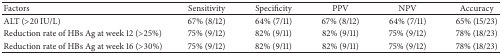
<table><thead><tr><td><b>Factors </b></td><td><b>Sensitivity</b></td><td><b>Specificity</b></td><td><b>PPV</b></td><td><b>NPV</b></td><td><b>Accuracy</b></td></tr></thead><tbody><tr><td>ALT (&gt;20 IU/L)</td><td>67% (8/12)</td><td>64% (7/11)</td><td>67% (8/12)</td><td>64% (7/11)</td><td>65% (15/23)</td></tr><tr><td>Reduction rate of HBs Ag at week 12 (&gt;25%)</td><td>75% (9/12)</td><td>82% (9/11)</td><td>82% (9/11)</td><td>75% (9/12)</td><td>78% (18/23)</td></tr><tr><td>Reduction rate of HBs Ag at week 16 (&gt;30%)</td><td>75% (9/12)</td><td>82% (9/11)</td><td>82% (9/11)</td><td>75% (9/12)</td><td>78% (18/23)</td></tr></tbody></table>